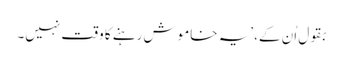
بقول اُن کے، ’یہ خاموش رہنے کا وقت نہیں۔